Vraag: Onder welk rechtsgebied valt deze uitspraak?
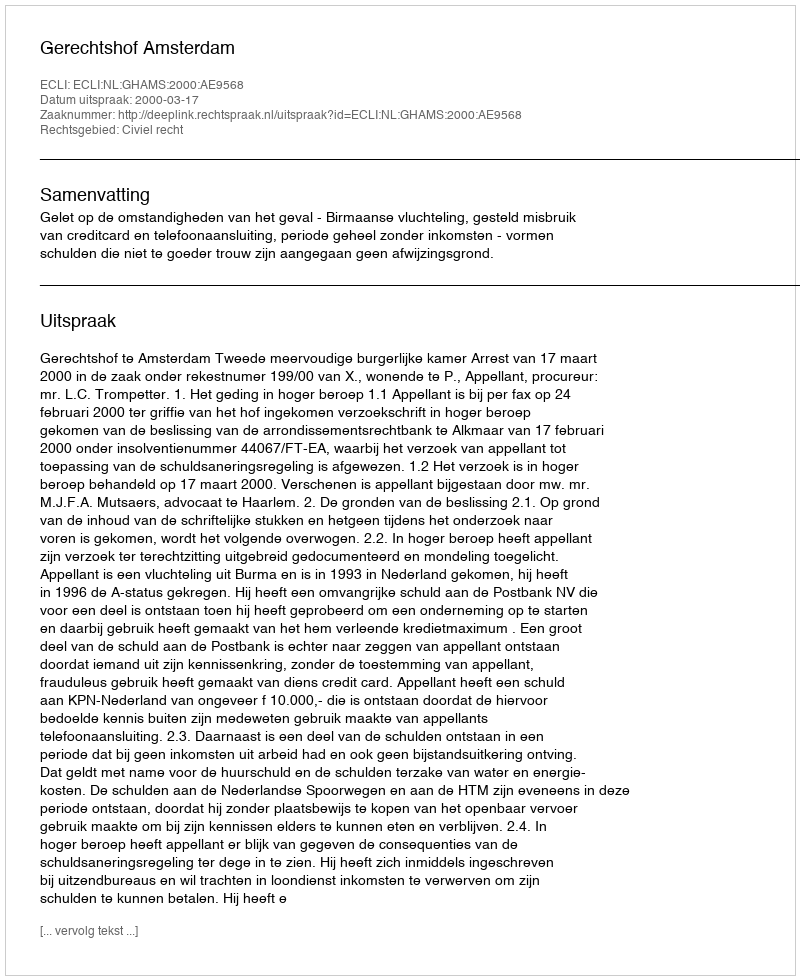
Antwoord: Civiel recht